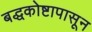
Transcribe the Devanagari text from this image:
बद्धकोष्टापासून